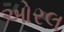
ઓરલ